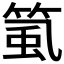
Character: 𥮸